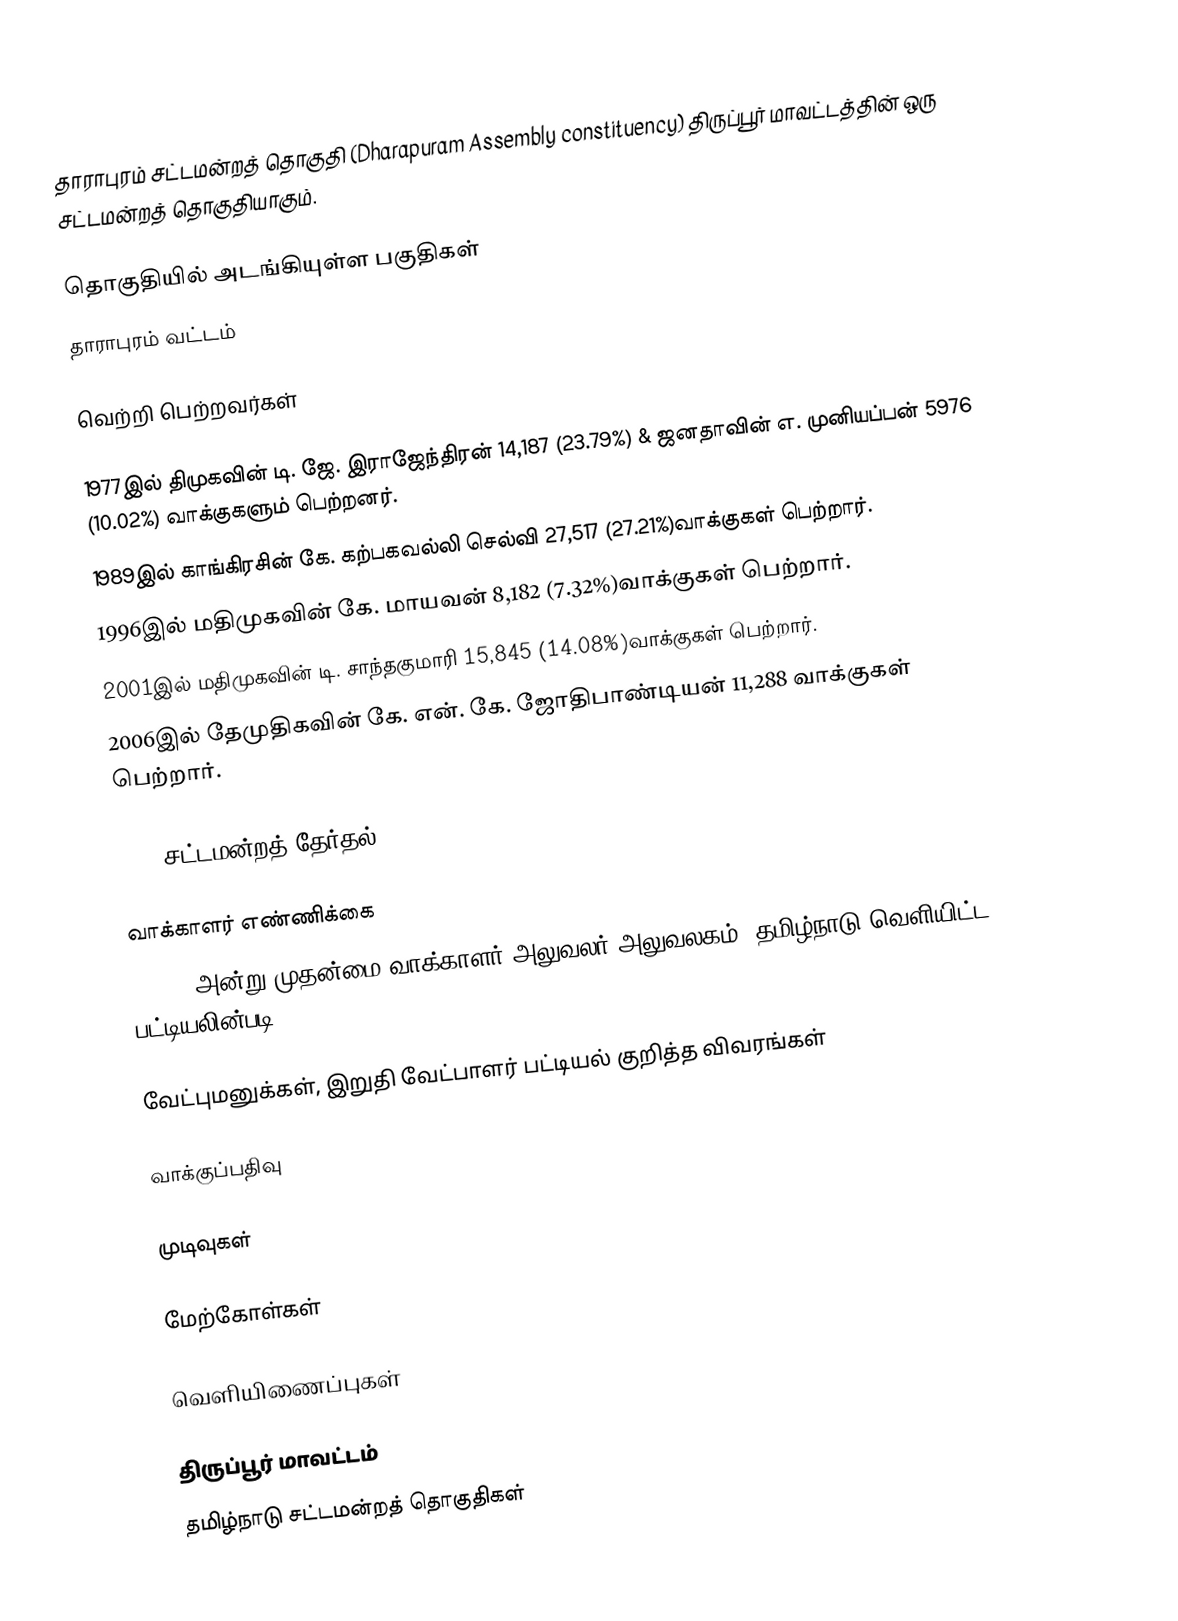
தாராபுரம் சட்டமன்றத் தொகுதி (Dharapuram Assembly constituency) திருப்பூர் மாவட்டத்தின் ஒரு சட்டமன்றத் தொகுதியாகும்.

தொகுதியில் அடங்கியுள்ள பகுதிகள்
தாராபுரம் வட்டம்

வெற்றி பெற்றவர்கள்

 1977இல் திமுகவின் டி. ஜே. இராஜேந்திரன் 14,187 (23.79%) & ஜனதாவின் எ. முனியப்பன் 5976 (10.02%) வாக்குகளும் பெற்றனர்.
 1989இல் காங்கிரசின் கே. கற்பகவல்லி செல்வி 27,517 (27.21%)வாக்குகள் பெற்றார்.
 1996இல் மதிமுகவின் கே. மாயவன் 8,182 (7.32%)வாக்குகள் பெற்றார்.
 2001இல் மதிமுகவின் டி. சாந்தகுமாரி 15,845 (14.08%)வாக்குகள் பெற்றார்.
 2006இல் தேமுதிகவின் கே. என். கே. ஜோதிபாண்டியன் 11,288 வாக்குகள் பெற்றார்.

2016 சட்டமன்றத் தேர்தல்

வாக்காளர் எண்ணிக்கை
, 2016 அன்று முதன்மை வாக்காளர் அலுவலர் அலுவலகம், தமிழ்நாடு வெளியிட்ட பட்டியலின்படி,

வேட்புமனுக்கள், இறுதி வேட்பாளர் பட்டியல் குறித்த விவரங்கள்

வாக்குப்பதிவு

முடிவுகள்

மேற்கோள்கள்

வெளியிணைப்புகள்

திருப்பூர் மாவட்டம்
தமிழ்நாடு சட்டமன்றத் தொகுதிகள்